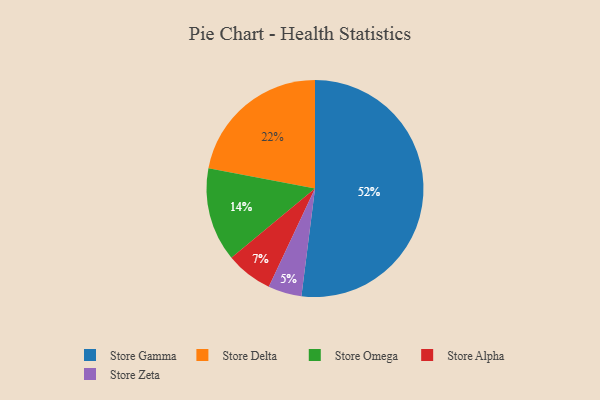
{"axis": {"x": "Category", "y": "Percentage"}, "legend": ["Store Alpha", "Store Delta", "Store Gamma", "Store Omega", "Store Zeta"], "data": [{"x": "Store Delta", "y": 22, "type": "Store Delta"}, {"x": "Store Gamma", "y": 52, "type": "Store Gamma"}, {"x": "Store Omega", "y": 14, "type": "Store Omega"}, {"x": "Store Zeta", "y": 5, "type": "Store Zeta"}, {"x": "Store Alpha", "y": 7, "type": "Store Alpha"}]}